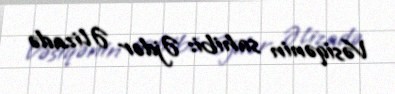
Vəsiqənin sahibi: Əjdər Əlizadə